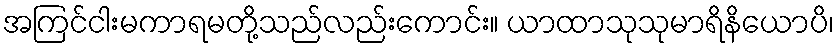
အကြင်ငါးမကာရမတို့သည်လည်းကောင်း။ ယာထာသုသုမာရိနိယောပိ၊